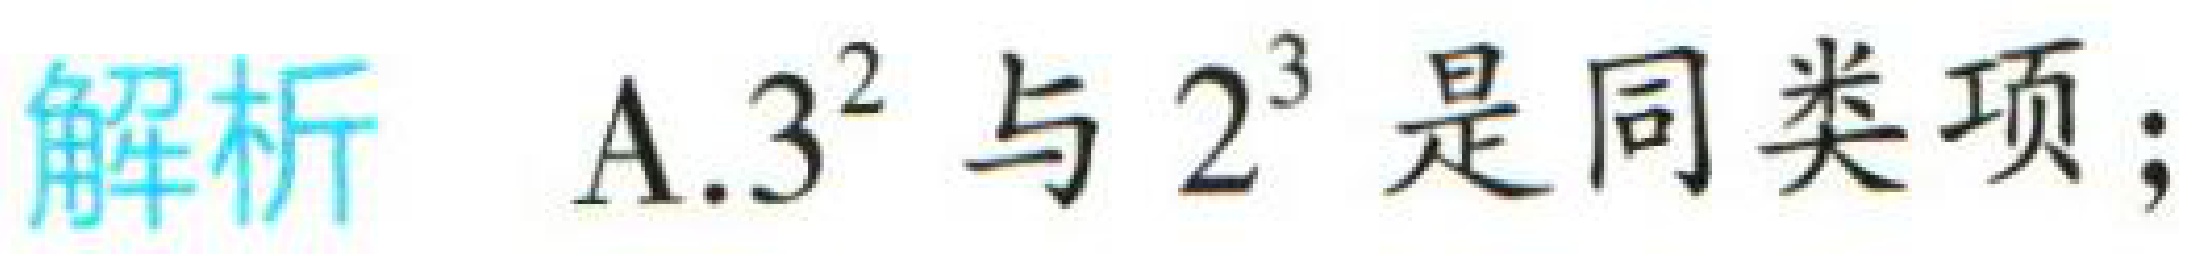
解析 A.$3^{2}$与$2^{3}$是同类项；